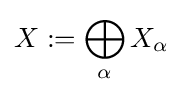
X:=\bigoplus _{\alpha }X_{\alpha }